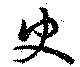
史